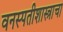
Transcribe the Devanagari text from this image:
वनस्पतीशास्त्राचा